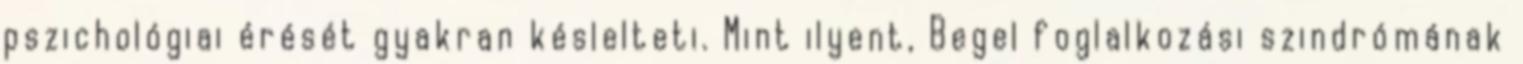
pszichológiai érését gyakran késlelteti. Mint ilyent, Begel foglalkozási szindrómának